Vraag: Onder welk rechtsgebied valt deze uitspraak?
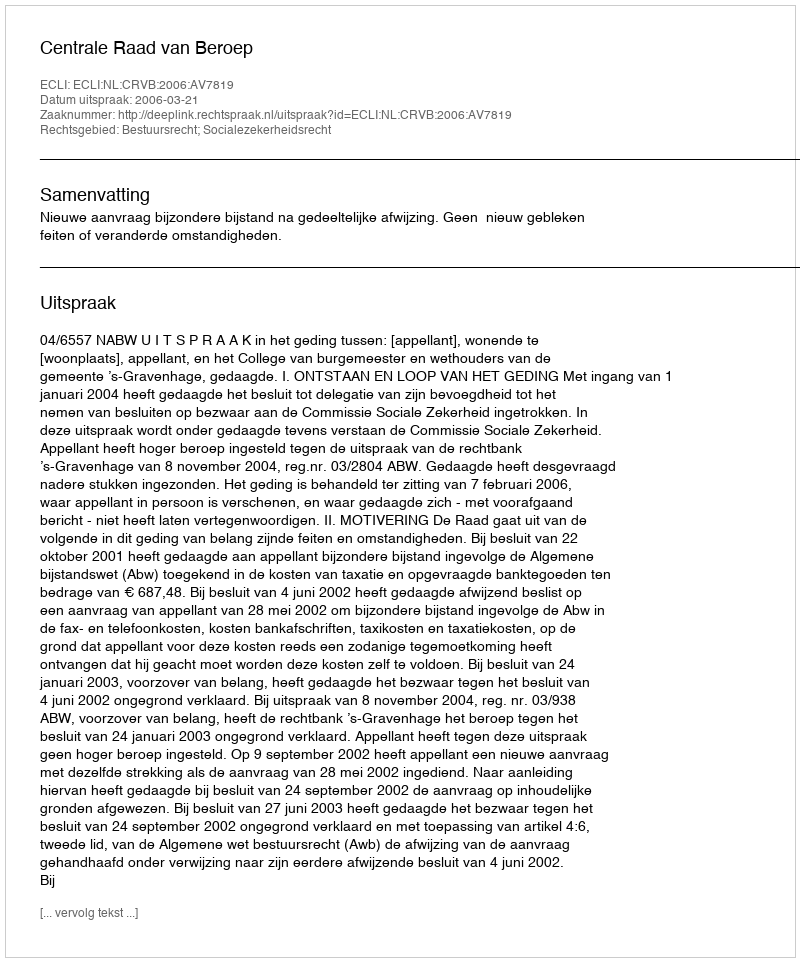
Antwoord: Bestuursrecht; Socialezekerheidsrecht